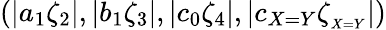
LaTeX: \left(|a_{1}\zeta_{2}|,|b_{1}\zeta_{3}|,|c_{0}\zeta_{4}|,|c_{{X=Y}}\zeta_{_{X=Y}}|\right)